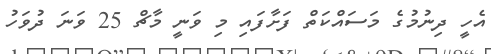
އެހީ ދިނުމުގެ މަސައްކަތް ފަށާފައި މި ވަނީ މާޗް 25 ވަނަ ދުވަހު